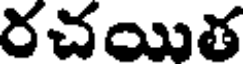
రచయిత